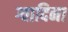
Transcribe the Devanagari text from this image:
ग्वादिना